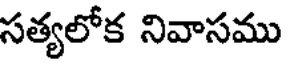
సత్యలోక నివాసము